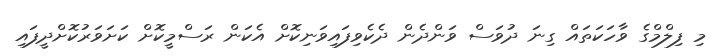
މި ފިލްމްގެ ވާހަކަތައް ގިނަ ދުވަސް ވަންދެން ދެކެވިފައިވަނިކޮށް އެކަން ރަސްމީކޮށް ކަށަވަރުކޮށްދީފައި